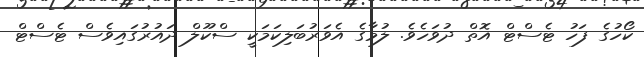
ކޯހުގެ ފަހު ޓެސްޓް އޮތް ދުވަހެވެ. ލުމާގެ އެވަރުބަލިކަމަކީ ސްކޫލް ދައުރުގައިވެސް ޓެސްޓް